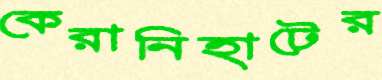
কেরানিহাটের